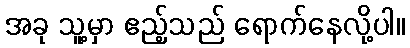
အခု သူ့မှာ ဧည့်သည် ရောက်နေလို့ပါ။